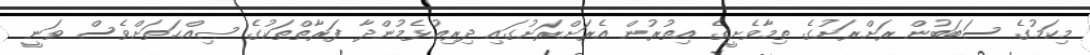
މިކަމުގެ ސަބަބުން ރަށްރަށުގެ ތިމާވެށީގެ އިތުރުން އެރަށްރަށުގައި ދިރިއުޅެމުންދާ ފަރާތްތަކުގެ ޞިއްޙަތަށްވެސް ވަނީ